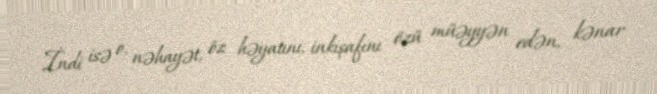
İndi isə o, nəhayət, öz həyatını, inkişafını özü müəyyən edən, kənar